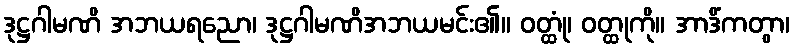
ဒုဋ္ဌဂါမဏိ အဘယရညော၊ ဒုဋ္ဌဂါမဏိအဘယမင်း၏။ ဝတ္ထုံ၊ ဝတ္ထုကို။ အာဒိံကတွာ၊